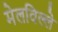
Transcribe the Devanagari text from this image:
मेलविल्ले